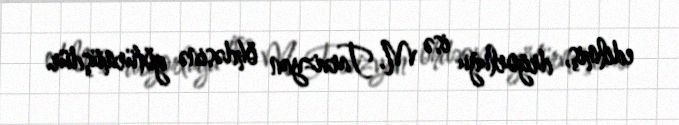
edilmiş, drijorluğu isə M. Tarvizyan öhdəsinə götürmüşdür.